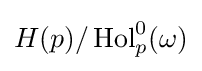
H(p)/\operatorname {Hol} _{p}^{0}(\omega )